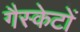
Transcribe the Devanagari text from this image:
गैस्केटों